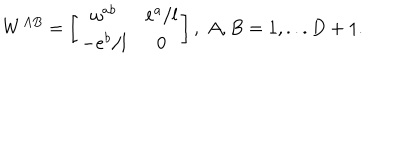
W ^ { A B } = \left[ \begin{array} { c c } { { \omega ^ { a b } } } & { { e ^ { a } / l } } \\ { { - e ^ { b } / l } } & { { 0 } } \\ \end{array} \right] , \; A , B = 1 , . . . D + 1 .